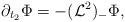
LaTeX: \begin{align*}\partial_{t_2}\Phi=-(\mathcal{L}^2)_-\Phi,\end{align*}